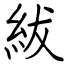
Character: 紱